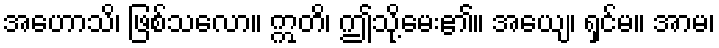
အဟောသိ၊ ဖြစ်သလော။ ဣတိ၊ ဤသို့မေး၏။ အယျေ၊ ရှင်မ။ အာမ၊